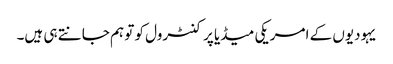
یہودیوں کے امریکی میڈیا پر کنٹرول کو تو ہم جانتے ہی ہیں۔